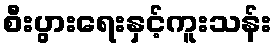
စီးပွားရေးနှင့်ကူးသန်း